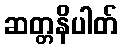
ဆတ္တနိပါတ်